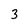
Character: 3